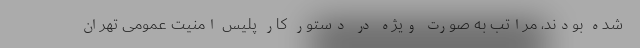
شده بودند، مراتب به صورت ویژه در دستور کار پلیس امنیت عمومی تهران